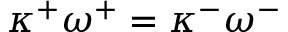
\kappa ^ { + } \omega ^ { + } = \kappa ^ { - } \omega ^ { - }